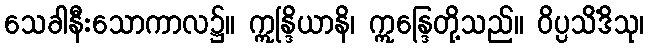
သေခါနီးသောကာလ၌။ ဣန္ဒြိယာနိ၊ ဣန္ဒြေတို့သည်။ ဝိပ္ပသိံဒိသု၊